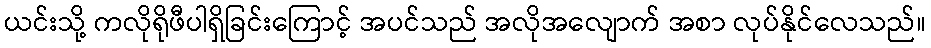
ယင်းသို့ ကလိုရိုဖီပါရှိခြင်းကြောင့် အပင်သည် အလိုအလျောက် အစာ လုပ်နိုင်လေသည်။